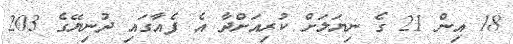
18 އިން 21 ގެ ނިޔަލަށް ކުރިއަށްދާ އެ ފެއާގައި ދުނިޔޭގެ 203